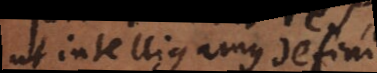
ut intelligamus defini